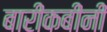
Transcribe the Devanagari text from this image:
बारीकबीनी